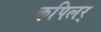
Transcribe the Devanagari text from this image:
कपिलर्